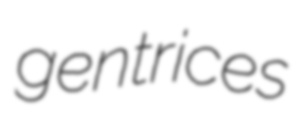
gentrices